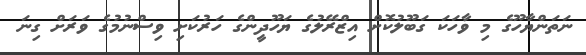
ނަތަންޔާހޫގެ މި ވާހަކަ ގަބޫލުކޮށް އިޒްރޭލުގެ ޔަހޫދީންގެ ހަރުކަށި ވިސްނުމުގެ ވަރަށް ގިނަ